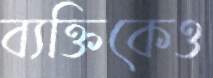
ব্যক্তিকেও